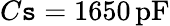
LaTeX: C\mathtt{s}=1650\, \mathrm{{pF}}